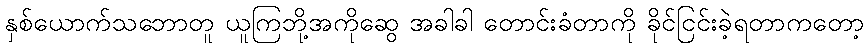
နှစ်ယောက်သဘောတူ ယူကြဘို့အကိုဆွေ အခါခါ တောင်းခံတာကို ခိုင်ငြင်းခဲ့ရတာကတော့